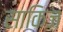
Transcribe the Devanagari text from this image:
साकिज